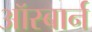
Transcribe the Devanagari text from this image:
ऑस्बार्न